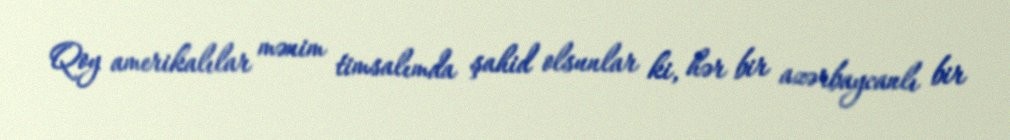
Qoy amerikalılar mənim timsalımda şahid olsunlar ki, hər bir azərbaycanlı bir